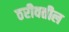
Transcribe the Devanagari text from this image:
ठरीवतील